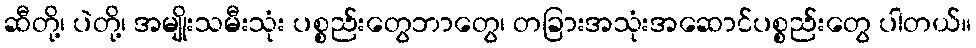
ဆီတို့၊ ပဲတို့၊ အမျိုးသမီးသုံး ပစ္စည်းတွေဘာတွေ၊ တခြားအသုံးအဆောင်ပစ္စည်းတွေ ပါတယ်။